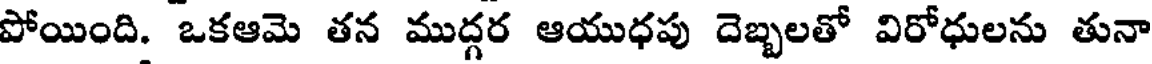
పోయింది. ఒకఆమె తన ముద్గర ఆయుధపు దెబ్బలతో విరోధులను తునా